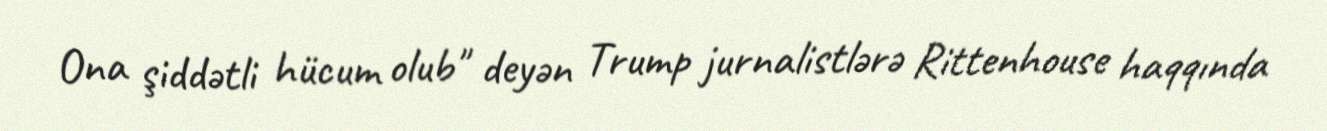
Ona şiddətli hücum olub" deyən Trump jurnalistlərə Rittenhouse haqqında